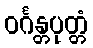
ဝင်္ဂန္တပုတ္တံ